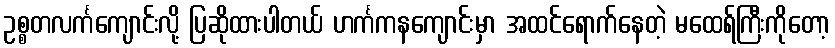
ဥစ္စတလင်္ကကျောင်းလို့ ပြဆိုထားပါတယ် ဟင်္ကကနကျောင်းမှာ အထင်ရောက်နေတဲ့ မထေရ်ကြီးကိုတော့